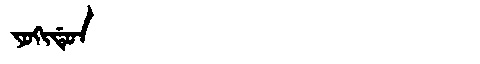
Manchu: ᠶᠣᡴᡳᡩᡠᠨ
Romanization: YOKIDUN